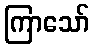
ကြာသော်